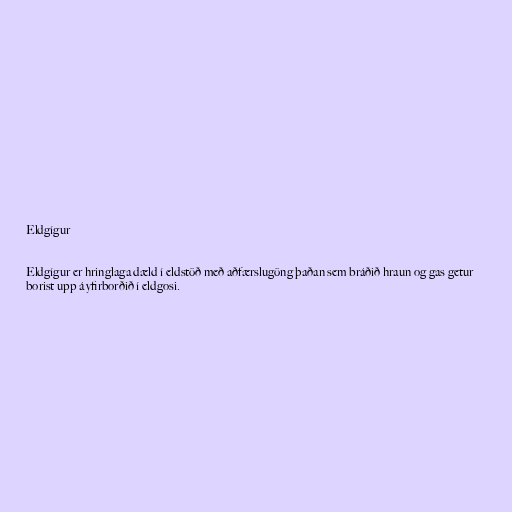
Eldgígur

Eldgígur er hringlaga dæld í eldstöð með aðfærslugöng þaðan sem bráðið hraun og gas getur
borist upp á yfirborðið í eldgosi.